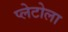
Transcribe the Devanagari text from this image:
प्लेटोला